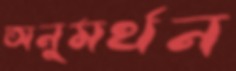
অনুমর্থন